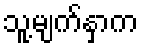
သူ့မျက်နှာက